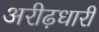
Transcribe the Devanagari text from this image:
अरीढ़धारी